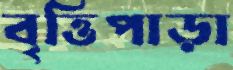
বৃত্তিপাড়া